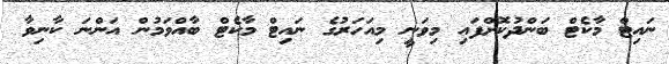
ނައިޓް މާކެޓް ބަންދުކޮށްފައި މިވަނީ މިއަހަރުގެ ނައިޓް މާކެޓް ބާއްވަމުން އަންނަ ކާނިވާ